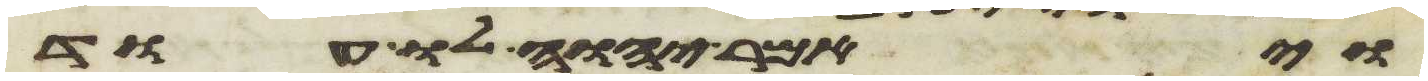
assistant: ויאמר יהוה לו עוד